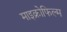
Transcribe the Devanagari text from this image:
माइक्रोफिल्‍म